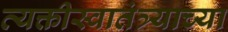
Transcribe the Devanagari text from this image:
व्यक्तीस्वातंत्र्याच्या